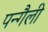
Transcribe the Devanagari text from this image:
पन्गैली